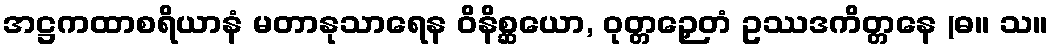
အဋ္ဌကထာစရိယာနံ မတာနုသာရေန ဝိနိစ္ဆယော, ဝုတ္တဉှေတံ ဥဿဒကိတ္တနေ (ဓ။ သ။